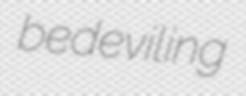
bedeviling